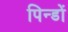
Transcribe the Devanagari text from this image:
पिन्डों